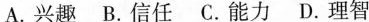
A.兴趣 B.信任 C.能力 D.理智